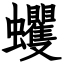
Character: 蠼